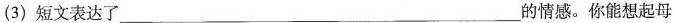
(3)短文表达了___的情感。你能想起母